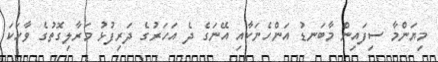
މިޔަންމާ ސިފައިން މާބަނޑު އަންހެނަކާއި އޭނަގެ ދެ އަހަރުގެ ދަރިފުޅު މަރާލިގޮތުގެ ވާހަކަ